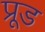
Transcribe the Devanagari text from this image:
प्रूड